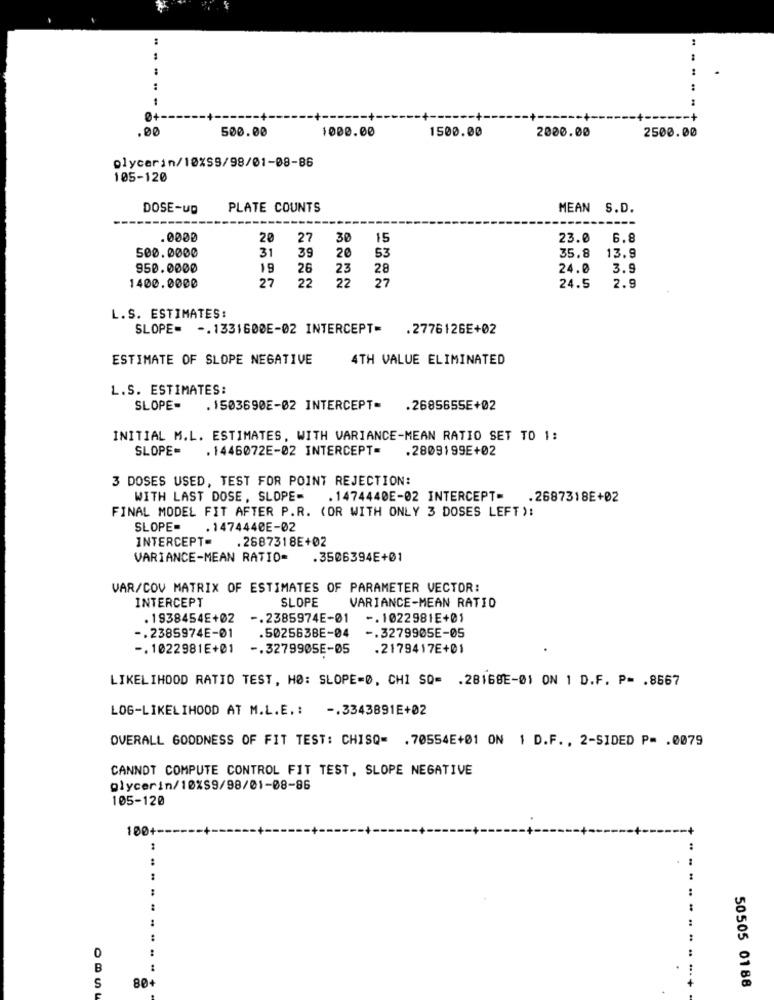
:
-+
500.00
1000.00
1500.00
2500.00
2000.00
glycerin/10%S9/98/01-08-86
105-120
DOSE-UD
PLATE COUNTS
MEAN S.D.
.0000
20
27
30
15
23.0
6.8
500.0000
31
39
20
53
35.8
13.9
950.0000
19
26
23
28
24.0
3.9
1400.0000
27
22
22
27
2.9
24.5
L.S. ESTIMATES
SLOPE= -. 1331600E-02 INTERCEPT
.2776126E+02
ESTIMATE OF SLOPE NEGATIVE
4TH VALUE ELIMINATED
L.S. ESTIMATES:
SLOPE-
. 1503690E-02 INTERCEPT=
.2685655E+02
INITIAL M.L. ESTIMATES, WITH VARIANCE-MEAN RATIO SET TO 1:
SLOPE=
. 1446072E-02 INTERCEPT=
.2809199E+02
3 DOSES USED, TEST FOR POINT REJECTION:
WITH LAST DOSE, SLOPE-
. 1474440E-02 INTERCEPT-
.2687318E+02
FINAL MODEL FIT AFTER P.R. (OR WITH ONLY 3 DOSES LEFT ):
SLOPE-
.1474440E-02
INTERCEPT=
.2687318E+02
VARIANCE-MEAN RATIO=
.3506394E+01
VAR/COV MATRIX OF ESTIMATES OF PARAMETER VECTOR:
INTERCEPT
SLOPE
VARIANCE-MEAN RATIO
.1938454E+02
-. 2385974E-01 -. 1022981E+01
-. 2385974E-01
.502563BE-04
-. 3279905E-05
-. 1022981E+01
-. 3279905E-05
.2179417E+01
LIKELIHOOD RATIO TEST, HØ: SLOPE=0, CHI SO= . 28168E-01 ON 1 D.F. P= . 8567
LOG-LIKELIHOOD AT M.L.E .: -. 3343891E+02
OVERALL GOODNESS OF FIT TEST: CHISQ= . 70554E+01 ON 1 D.F. , 2-SIDED P= . 0079
CANNOT COMPUTE CONTROL FIT TEST, SLOPE NEGATIVE
glycerin/10%S9/98/01-08-86
105-120
100+-
..
.-
..
..
B
80+
50505 0188
S